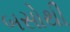
બસોથી